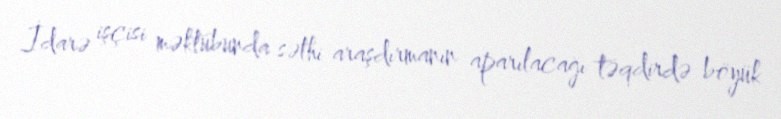
İdarə işçisi məktubunda səthi araşdırmanın aparılacağı təqdirdə böyük